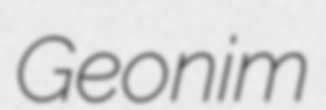
Geonim